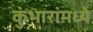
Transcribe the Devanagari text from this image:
कुंभारांमध्ये